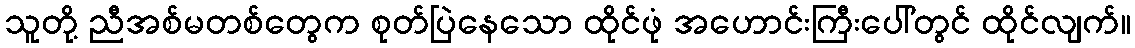
သူတို့ ညီအစ်မတစ်တွေက စုတ်ပြဲနေသော ထိုင်ဖုံ အဟောင်းကြီးပေါ်တွင် ထိုင်လျက်။